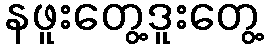
နဖူးတွေ့ဒူးတွေ့